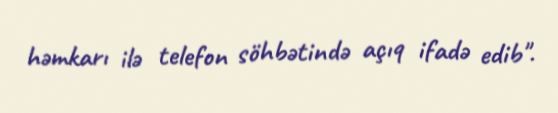
həmkarı ilə telefon söhbətində açıq ifadə edib".